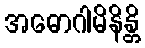
အဓောဂါမိနိန္တိ